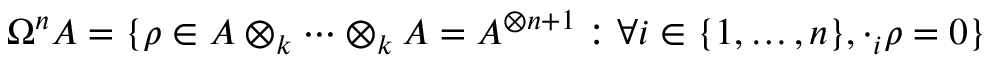
\Omega ^ { n } A = \{ \rho \in A \otimes _ { k } \cdots \otimes _ { k } A = A ^ { \otimes n + 1 } : \forall i \in \{ 1 , \ldots , n \} , \cdot _ { i } \rho = 0 \}